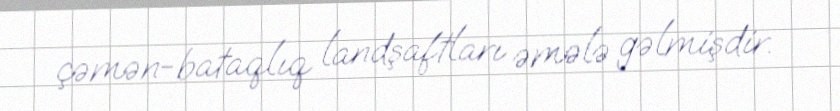
çəmən-bataqlıq landşaftları əmələ gəlmişdir.